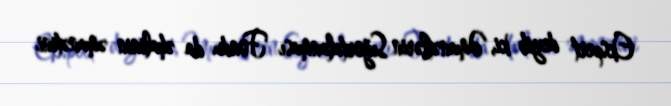
Ekspert deyib ki, Əmanətlərin Sığortalanması Fondu da əhalinin əmanətini